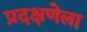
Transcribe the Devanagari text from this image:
प्रदक्षणेला